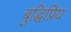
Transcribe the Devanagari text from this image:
बुद्धिप्रिय